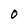
Character: O